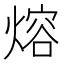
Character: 熔